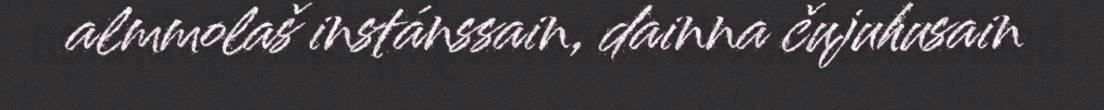
almmolaš instánssain, dainna čujuhusain